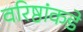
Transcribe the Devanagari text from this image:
वरिष्ठांकडे